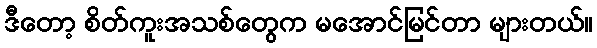
ဒီတော့ စိတ်ကူးအသစ်တွေက မအောင်မြင်တာ များတယ်။